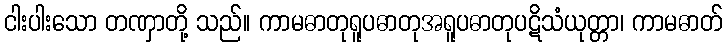
ငါးပါးသော တဏှာတို့ သည်။ ကာမဓာတုရူပဓာတုအရူပဓာတုပဋိသံယုတ္တာ၊ ကာမဓာတ်